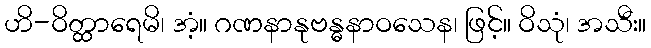
ဟိ-ဝိတ္ထာရေမိ၊ အံ့။ ဂဏနာနုဗန္ဓနာဝသေန၊ ဖြင့်။ ဝိသုံ၊ အသီး။